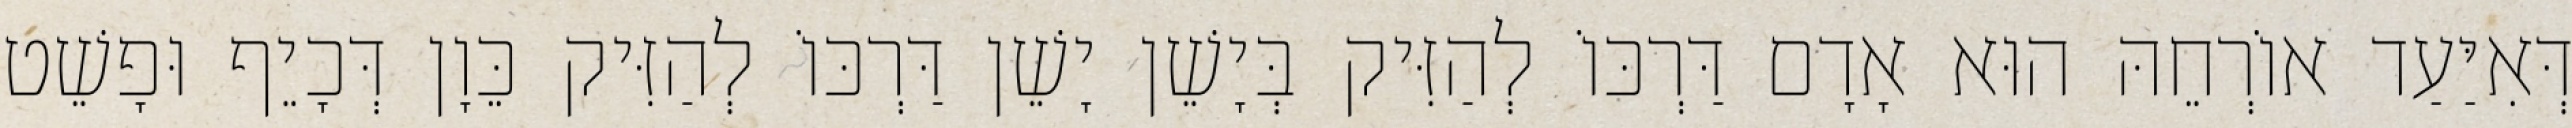
דְּאִיַּעַד אוֹרְחֵהּ הוּא אָדָם דַּרְכּוֹ לְהַזִּיק בְּיָשֵׁן יָשֵׁן דַּרְכּוֹ לְהַזִּיק כֵּוָן דְּכָיֵף וּפָשֵׁט